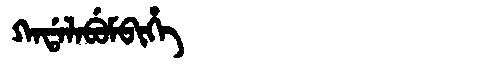
Manchu: ᡴᠠᡩᠠᠯᠠᠪᡠᠮᠪᡳᡥᡝ
Romanization: KADALABUMBIHE